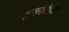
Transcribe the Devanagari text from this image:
इकोरीजन